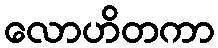
လောဟိတကာ